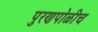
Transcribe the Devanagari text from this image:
पुरणपोळीच